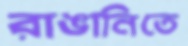
রাঙানিতে